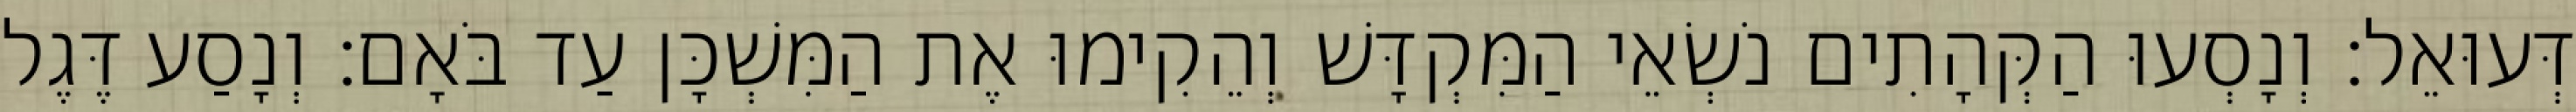
דְּעוּאֵל׃ וְנָסְעוּ הַקְּהָתִים נֹשְׂאֵי הַמִּקְדָּשׁ וְהֵקִימוּ אֶת הַמִּשְׁכָּן עַד בֹּאָם׃ וְנָסַע דֶּגֶל